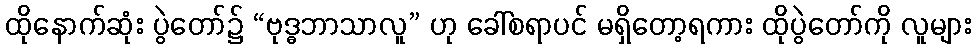
ထိုနောက်ဆုံး ပွဲတော်၌ “ဗုဒ္ဓဘာသာလူ” ဟု ခေါ်စရာပင် မရှိတော့ရကား ထိုပွဲတော်ကို လူများ